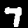
Digit: 7